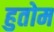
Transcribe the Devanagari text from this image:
हुतोम